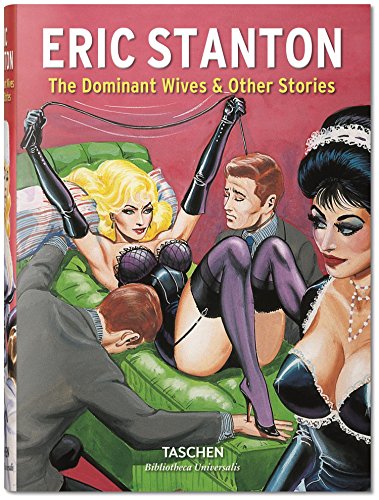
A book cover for Stanton: The Dominant Wives and Other Stories; Dian Hanson; Comics & Graphic Novels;